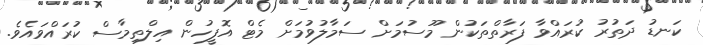
ކަނޑު ދަތުރު ކުރައްވާ ފަރާތްތަކުން މޫސުމަށް ސަމާލުވުމަށް މެޓް އޮފީހުން އިލްތިމާސް ކުރައްވައެވެ.